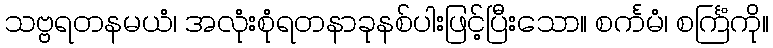
သဗ္ဗရတနမယံ၊ အလုံးစုံရတနာခုနစ်ပါးဖြင့်ပြီးသော။ စင်္ကမံ၊ စင်္ကြံကို။